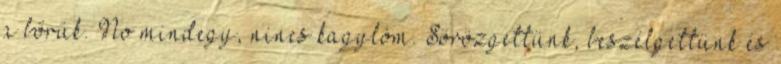
a bőrük. No mindegy, nincs kagylóm. Sörözgettünk, beszélgettünk és